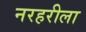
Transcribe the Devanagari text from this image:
नरहरीला